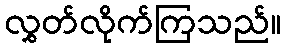
လွှတ်လိုက်ကြသည်။